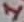
Text: 1